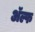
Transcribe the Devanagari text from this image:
अॅल्फ